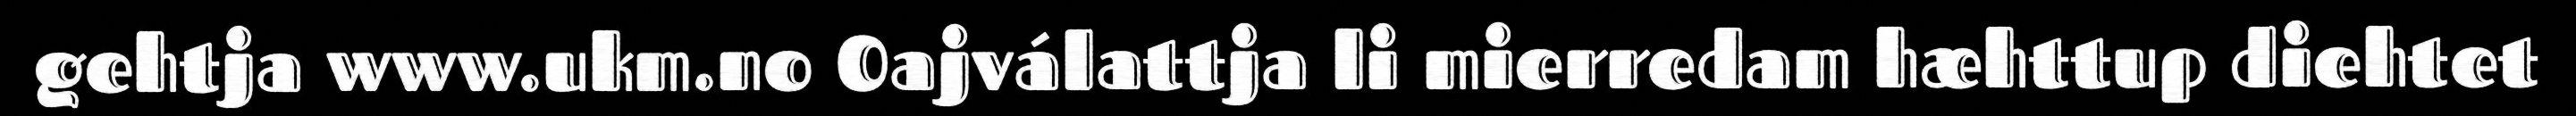
gehtja www.ukm.no Oajválattja li mierredam hæhttup diehtet